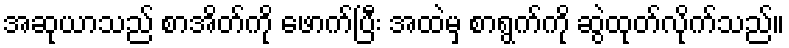
အဆုယာသည် စာအိတ်ကို ဖောက်ပြီး အထဲမှ စာရွက်ကို ဆွဲထုတ်လိုက်သည်။